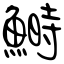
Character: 鰣